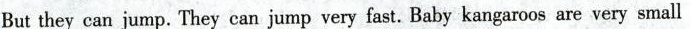
Butthey can jump. They can jump very fast. Baby kangaroos are very small